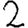
Digit: 2